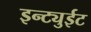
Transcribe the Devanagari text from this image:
इन्ट्युईट